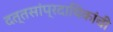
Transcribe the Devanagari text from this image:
दत्तसांप्रदायिकांची